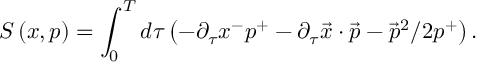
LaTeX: S \left( x , p \right) = \int _ { 0 } ^ { T } d \tau \left( - \partial _ { \tau } x ^ { - } p ^ { + } - \partial _ { \tau } \vec { x } \cdot \vec { p } - \vec { p } ^ { 2 } / 2 p ^ { + } \right) .